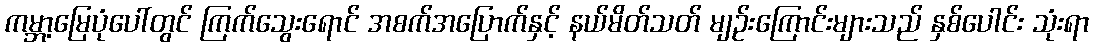
ကမ္ဘာ့မြေပုံပေါ်တွင် ကြက်သွေးရောင် အစက်အပြောက်နှင့် နယ်မိတ်သတ် မျဉ်းကြောင်းများသည် နှစ်ပေါင်း သုံးရာ